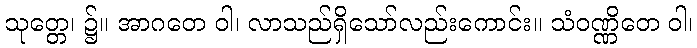
သုတ္တေ၊ ၌။ အာဂတေ ဝါ၊ လာသည်ရှိသော်လည်းကောင်း။ သံဝဏ္ဏိတေ ဝါ၊